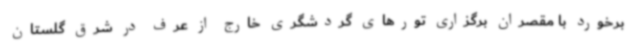
برخورد با مقصران برگزاری تورهای گردشگری خارج از عرف در شرق گلستان